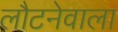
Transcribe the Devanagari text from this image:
लौटनेवाला